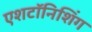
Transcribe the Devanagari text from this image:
एशटॉनिशिंग